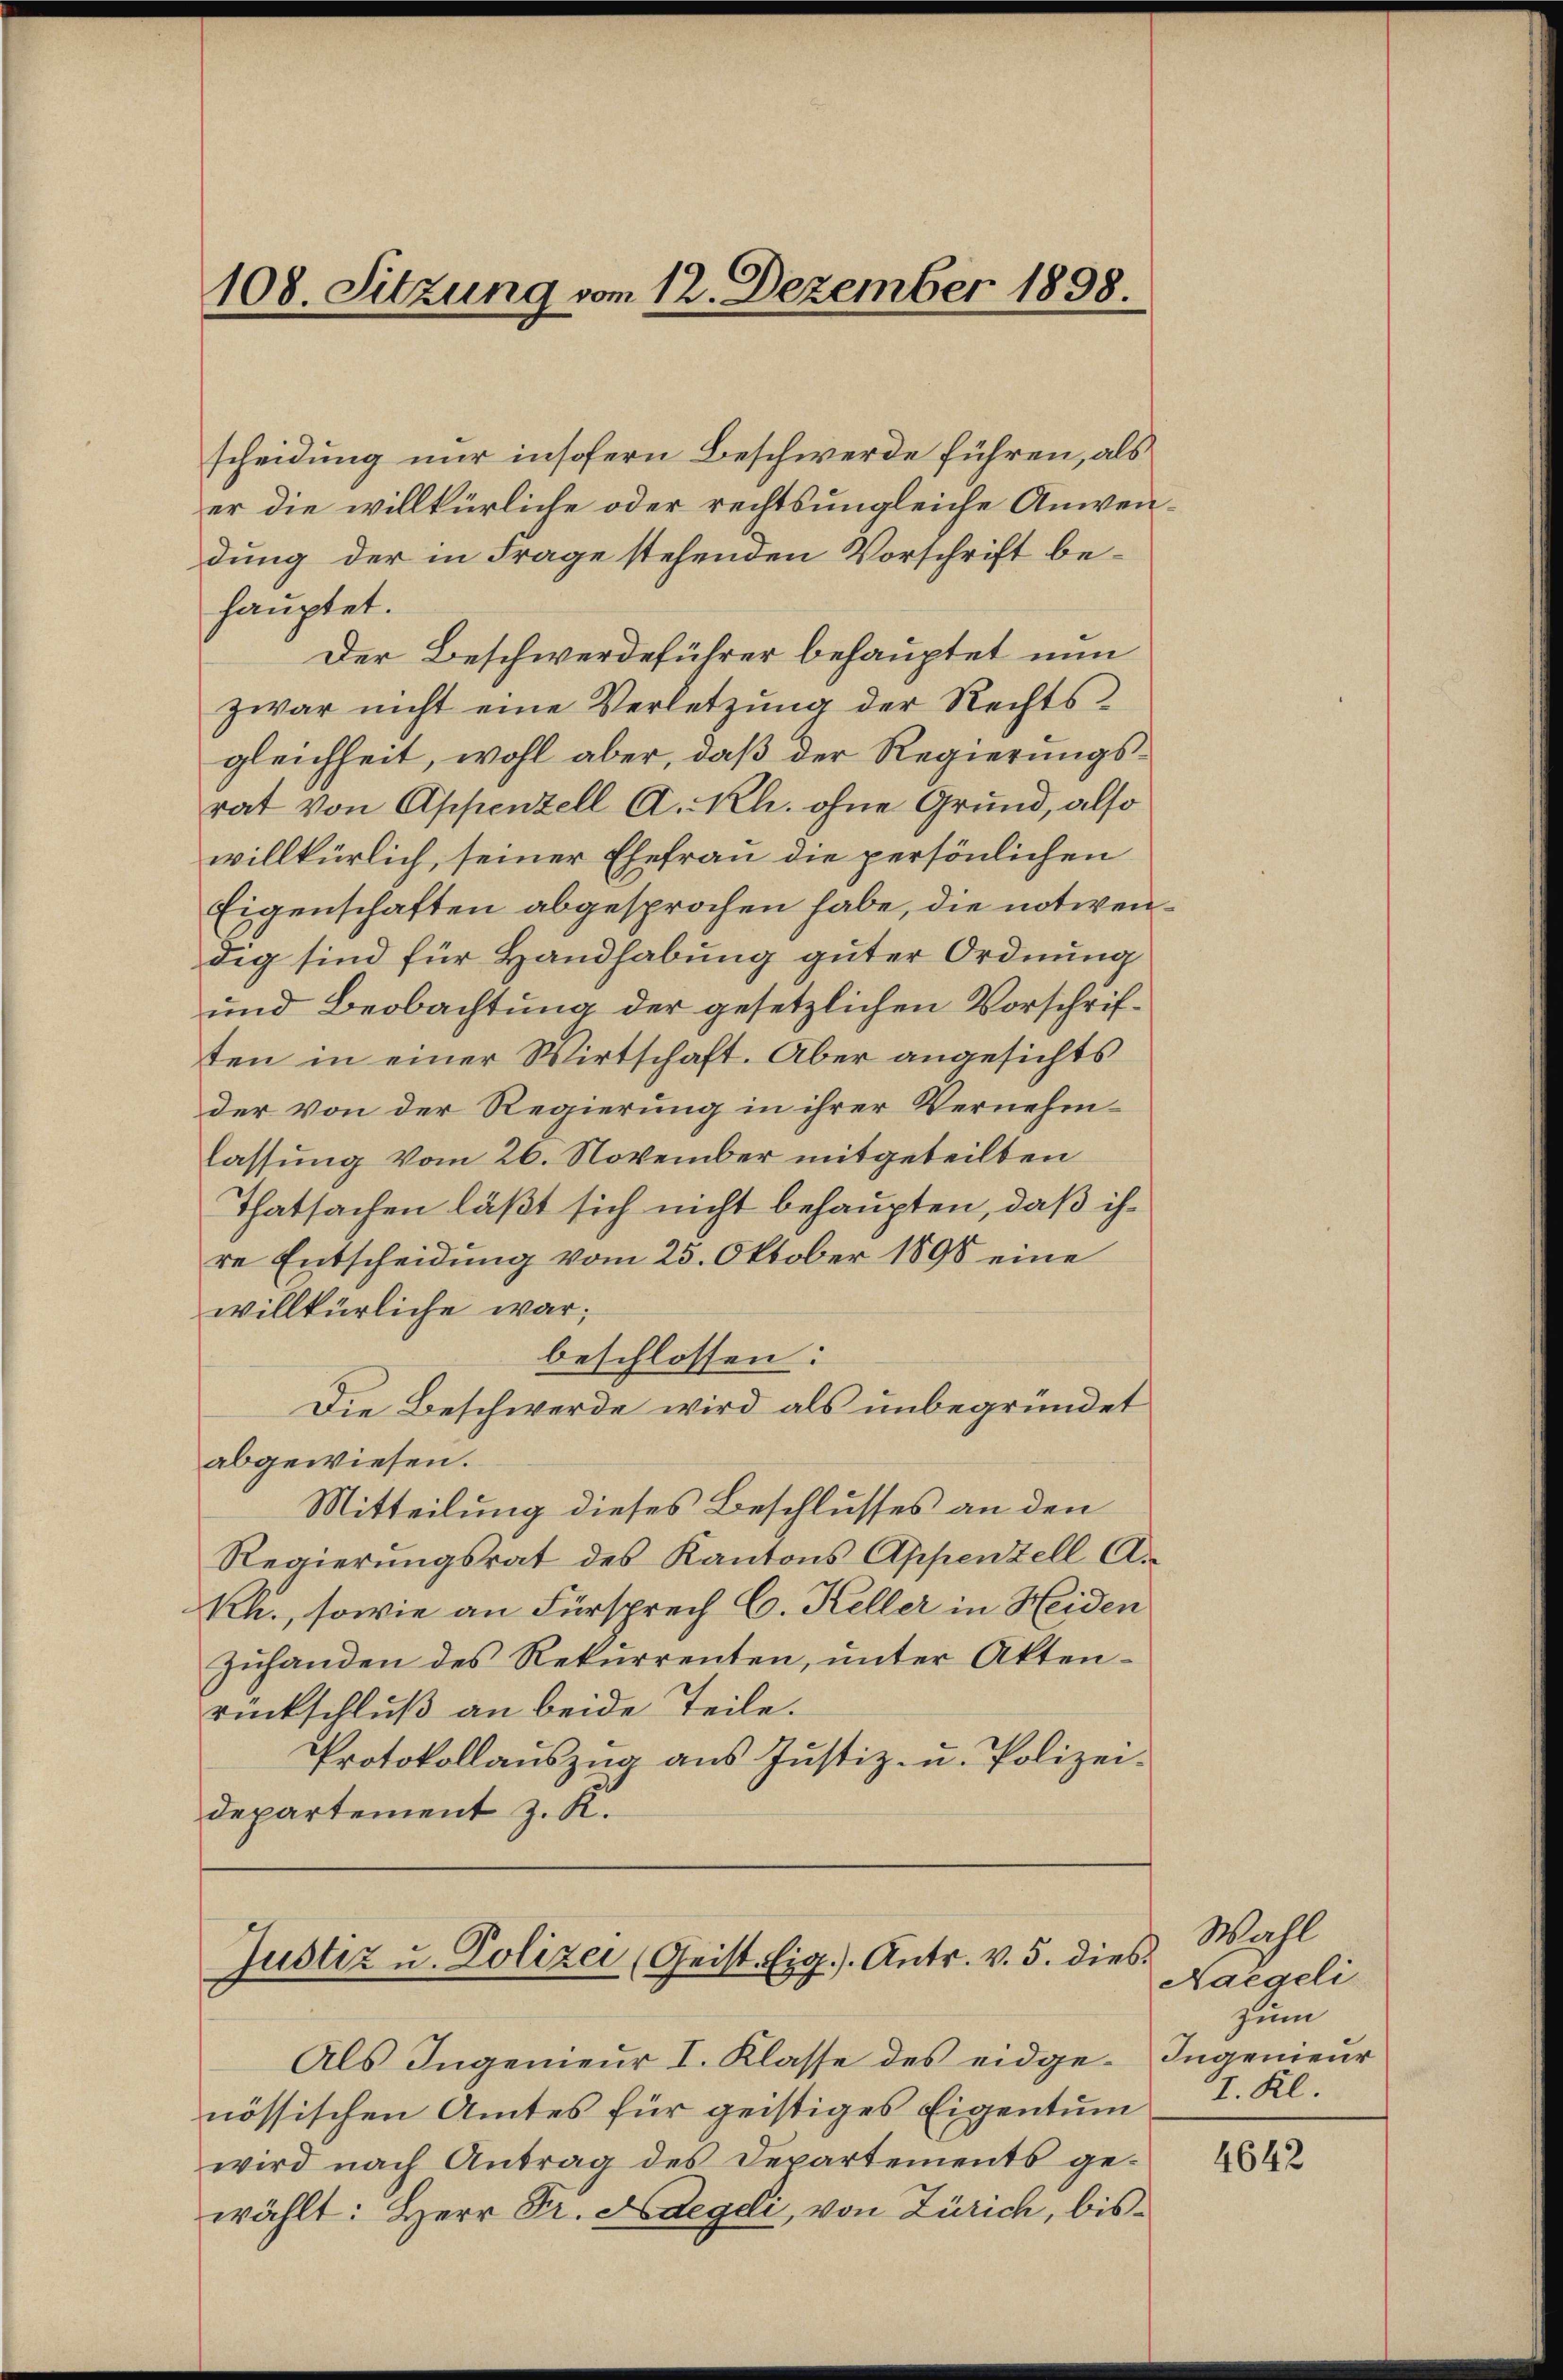
108. Sitzung vom 12. Dezember 1898.

scheidung nur insofern Beschwerde führen, als
er die willkürliche oder rechts ungleiche Anwendung der in Frage stehenden Vorschrift behauptet.
Der Beschwerdeführer behauptet nun
zwar nicht eine Verletzung der Rechtsgleichheit, wohl aber, daß der Regierungsrat von Appenzell A.-Rh. ohne Grund, also
willkürlich, seiner Ehefrau die persönlichen
Eigenschaften abgesprochen habe, die notwendig sind für Handhabung guter Ordnung
und Beobachtung der gesetzlichen Vorschriften in einer Wirtschaft. Aber angesichts
der von der Regierung in ihrer Vernehmlassung vom 26. November mitgeteilten
Thatsachen läßt sich nicht behaupten, daß ihre Entscheidŭng vom 25. Oktober 1890 eine
willkürliche war;
beschlossen:
Die Beschwerde wird als unbegründet
abgewiesen.
Mitteilung dieses Beschlusses an den
Regierungsrat des Kantons Appenzell A.
Rh., sowie an Fürsprech C. Keller in Heiden
zŭhanden des Rekurrenten, ŭnter Akten-
rückschluß an beide Teile.
Protokollaŭszŭg aŭs Jŭstiz- u. Polizei.
departement z. R.

Justiz u. Polizei (Geist. Eig.) Antr. v. 5. dies

Als Ingenieur I. Klasse des eidge-Ingenieur
nössischen Amtes für geistiges Eigentum
wird nach Antrag des Departements gewählt: Herr Dr. Adegeli, von Zürich, bis¬

Wahl
Haegeli
zum
II. Kl.

4642